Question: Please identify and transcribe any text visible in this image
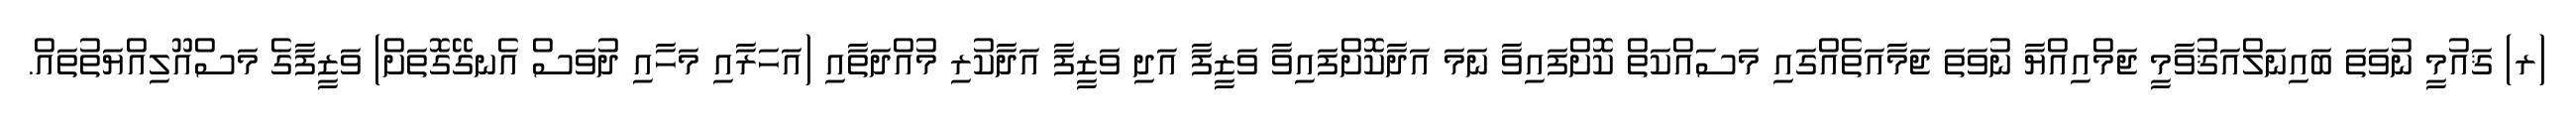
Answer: (ރ) ޤައުމީ ނުވަތަ ބައިނަލްއަޤުވާމީ ޖަމްއިއްޔާ ނުވަތަ ޖަމާއަތެއްގައި މަސައްކަތް ކޮށްފައިވާ ނަމަ އަދާކޮށްފައިވާ ވަޒީފާ އަދި ވަޒީފާ އަދާކުރި މުއްދަތާއި (އަހަރާއި މަހާއި ދުވަސް އެނގޭގޮތަށް) ވަޒީފާގެ މަސްއޫލިއްޔަތުތައް.